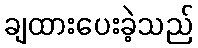
ချထားပေးခဲ့သည်